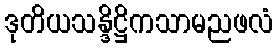
ဒုတိယသန္ဒိဋ္ဌိကသာမညဖလံ